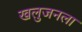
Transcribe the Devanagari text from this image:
खलुजनला